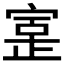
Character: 𫳥